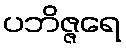
ပဘိဇ္ဇရေ